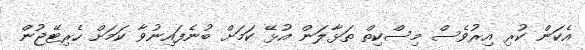
އެކަން ކުރި އިރުވެސް މިސްކިތް ތަޅާލަން އުޅޭ ކަމަށް ބުނެފައިނުވާ ކަމަށް ހެރިޓޭޖުން